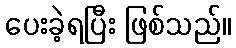
ပေးခဲ့ရပြီး ဖြစ်သည်။